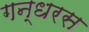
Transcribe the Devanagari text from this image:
गन्धरस